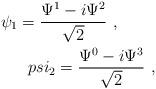
LaTeX: \begin{align*}\psi_1=\frac{\Psi^1-i\Psi^2}{\sqrt 2}\ ,\ \ \ \ \ \ \ \\psi_2=\frac{\Psi^0-i\Psi^3}{\sqrt 2} \ ,\end{align*}